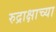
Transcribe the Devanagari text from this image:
रुद्राक्षाच्या